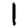
Digit: 1